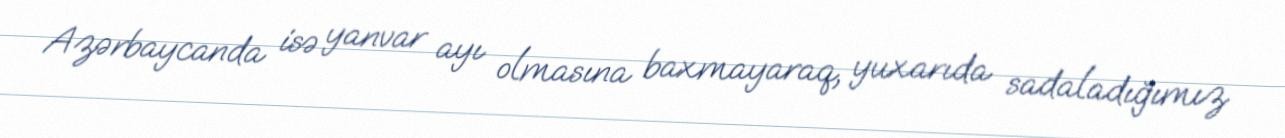
Azərbaycanda isə yanvar ayı olmasına baxmayaraq, yuxarıda sadaladığımız